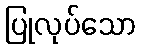
ပြုလုပ်သော